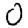
Digit: 0